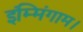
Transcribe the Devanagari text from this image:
इंम्मिंगाम।